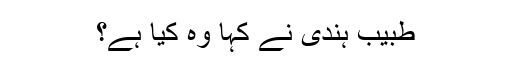
طبیب ہندی نے کہا وہ کیا ہے؟